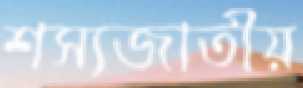
শস্যজাতীয়